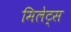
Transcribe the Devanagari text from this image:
मिलेट्स